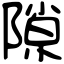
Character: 隙